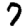
Digit: 7